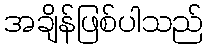
အချိန်ဖြစ်ပါသည်